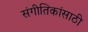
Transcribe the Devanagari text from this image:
संगीतिकांसाठी